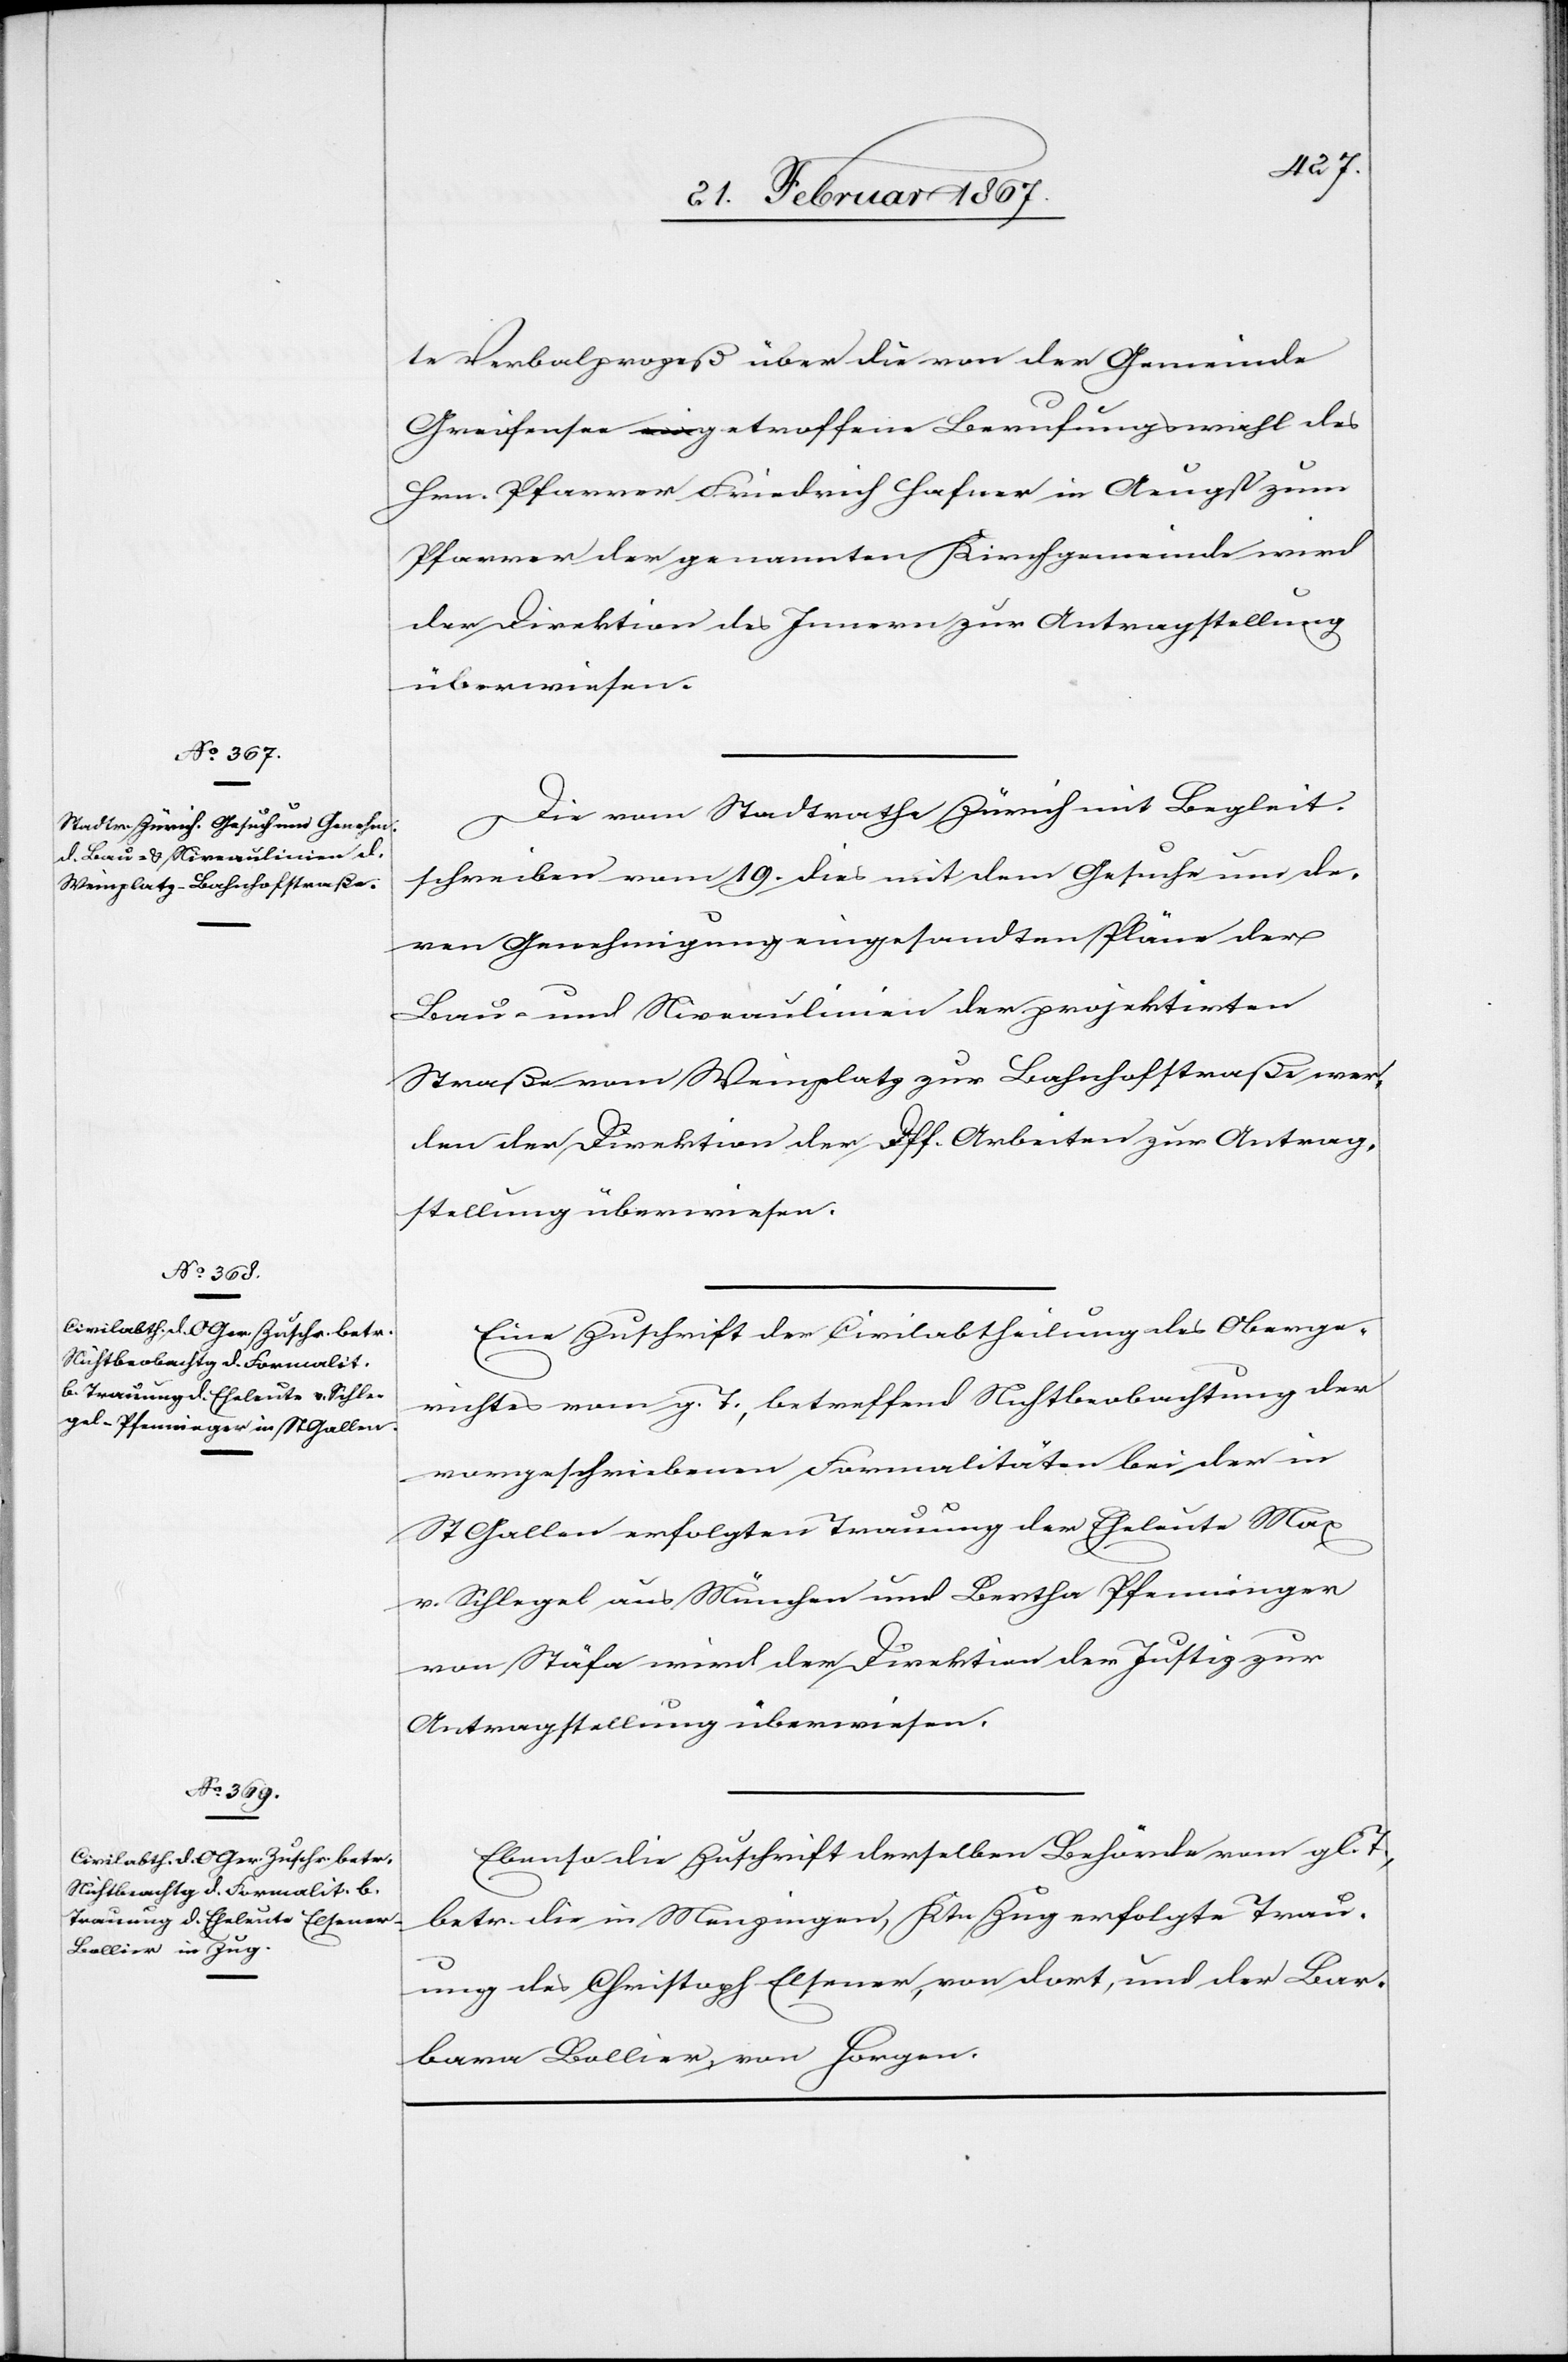
22. Februar 1867.]
te Verbalprozeß über die von der Gemeinde
Greifensee getroffene Berufungswahl des
Hrn. Pfarrer Friedrich Hafner in Aeugst zum
Pfarrer der genannten Kirchgemeinde wird
der Direktion des Innern zur Antragstellung
überwiesen.
Die vom Stadtrathe Zürich mit Begleit¬
schreiben vom 19. dies mit dem Gesuche um de¬
ren Genehmigung eingesandten Pläne der
Bau- und Niveaulinien der projektirten
Straße vom Weinplatz zur Bahnhofstraße wer¬
den der Direktion der öff. Arbeiten zur Antrag¬
stellung überwiesen.
Eine Zuschrift der Civilabtheilung des Oberge¬
richtes vom g. T., betreffend Nichtbeobachtung der
vorgeschriebenen Formalitäten bei der in
St. Gallen erfolgten Trauung der Eheleute Max
v. Schlegel aus München und Bertha Pfenninger
von Stäfa wird der Direktion der Justiz zur
Antragstellung überwiesen.
Ebenso die Zuschrift derselben Behörde vom gl. T.,
betr. die in Menzingen, Ktn. Zug erfolgte Trau¬
ung des Christoph Elsener, von dort, und der Bar¬
bara Bollier, von Horgen.